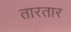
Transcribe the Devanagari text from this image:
तारतार